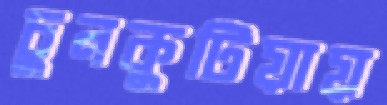
চুনকুটিয়ায়